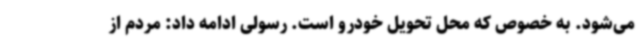
می‌شود. به خصوص که محل تحویل خودرو است. رسولی ادامه داد: مردم از